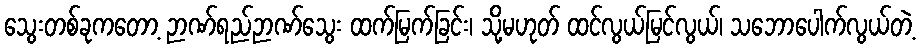
သွေးတစ်ခုကတော့ ဉာဏ်ရည်ဉာဏ်သွေး ထက်မြက်ခြင်း၊ သို့မဟုတ် ထင်လွယ်မြင်လွယ်၊ သဘောပေါက်လွယ်တဲ့